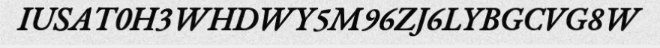
IUSAT0H3WHDWY5M96ZJ6LYBGCVG8W